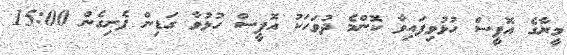
މީރާގެ އޮފީސް ހުޅުވިފައިވާ ކޮންމެ ދުވަހަކު އޮފީސް ހުޅުވާ ގަޑިން ފެށިގެން 15:00